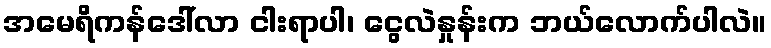
အမေရိကန်ဒေါ်လာ ငါးရာပါ၊ ငွေလဲနှုန်းက ဘယ်လောက်ပါလဲ။